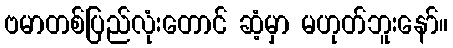
ဗမာတစ်ပြည်လုံးတောင် ဆံ့မှာ မဟုတ်ဘူးနော်။